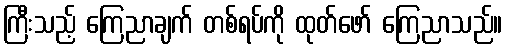
ကြီးသည့် ကြေညာချက် တစ်ရပ်ကို ထုတ်ဖော် ကြေညာသည်။